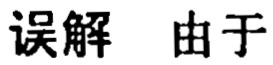
误解 由于